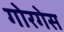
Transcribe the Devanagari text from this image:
गोरगेस